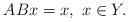
LaTeX: \begin{align*}ABx=x,\ x\in Y.\end{align*}